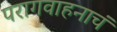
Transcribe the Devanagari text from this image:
परागवाहनाचं